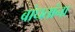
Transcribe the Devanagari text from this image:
बांधतांना